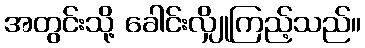
အတွင်းသို့ ခေါင်းလျှိုကြည့်သည်။